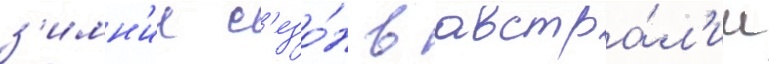
з'имн'ии с'езо́н в австра́л'ии